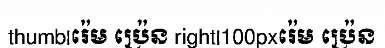
thumb|រ៉េម ប្រ៉េន right|100pxរ៉េម ប្រ៉េន